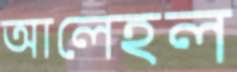
আলেহল